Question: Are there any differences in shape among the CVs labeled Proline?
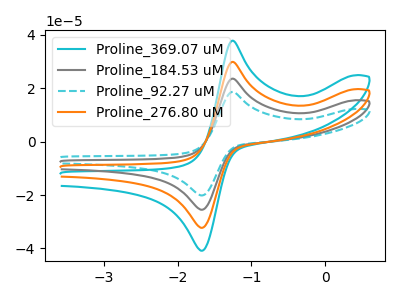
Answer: <think>The cyan curve "Proline_369.07 uM" has an anodic peak at (-1.25V, 70.90uA) and a cathodic peak at (-1.70V, -76.45uA). The gray curve "Proline_184.53 uM" has an anodic peak at (-1.25V, 23.65uA) and a cathodic peak at (-1.70V, -25.50uA). The cyan dashed curve "Proline_92.27 uM" has an anodic peak at (-1.25V, 18.65uA) and a cathodic peak at (-1.70V, -20.15uA). The orange curve "Proline_276.80 uM" has an anodic peak at (-1.25V, 47.25uA) and a cathodic peak at (-1.70V, -50.95uA).
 All the peaks in "Proline_369.07 uM" have a peak in "Proline_184.53 uM" at the same potential. Every peak in "Proline_369.07 uM" is higher than every peak in "Proline_184.53 uM". All the peaks in "Proline_369.07 uM" have a peak in "Proline_92.27 uM" at the same potential. Every peak in "Proline_369.07 uM" is higher than every peak in "Proline_92.27 uM". All the peaks in "Proline_369.07 uM" have a peak in "Proline_276.80 uM" at the same potential. Every peak in "Proline_369.07 uM" is higher than every peak in "Proline_276.80 uM". All the peaks in "Proline_184.53 uM" have a peak in "Proline_92.27 uM" at the same potential. Every peak in "Proline_184.53 uM" is higher than every peak in "Proline_92.27 uM". All the peaks in "Proline_184.53 uM" have a peak in "Proline_276.80 uM" at the same potential. Every peak in "Proline_184.53 uM" is lower than every peak in "Proline_276.80 uM". All the peaks in "Proline_92.27 uM" have a peak in "Proline_276.80 uM" at the same potential. Every peak in "Proline_92.27 uM" is lower than every peak in "Proline_276.80 uM".</think>
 <answer>All the CV's of "Proline" have similar shape.</answer>
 <eval>follow_rule</eval>